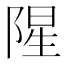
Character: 𮸩